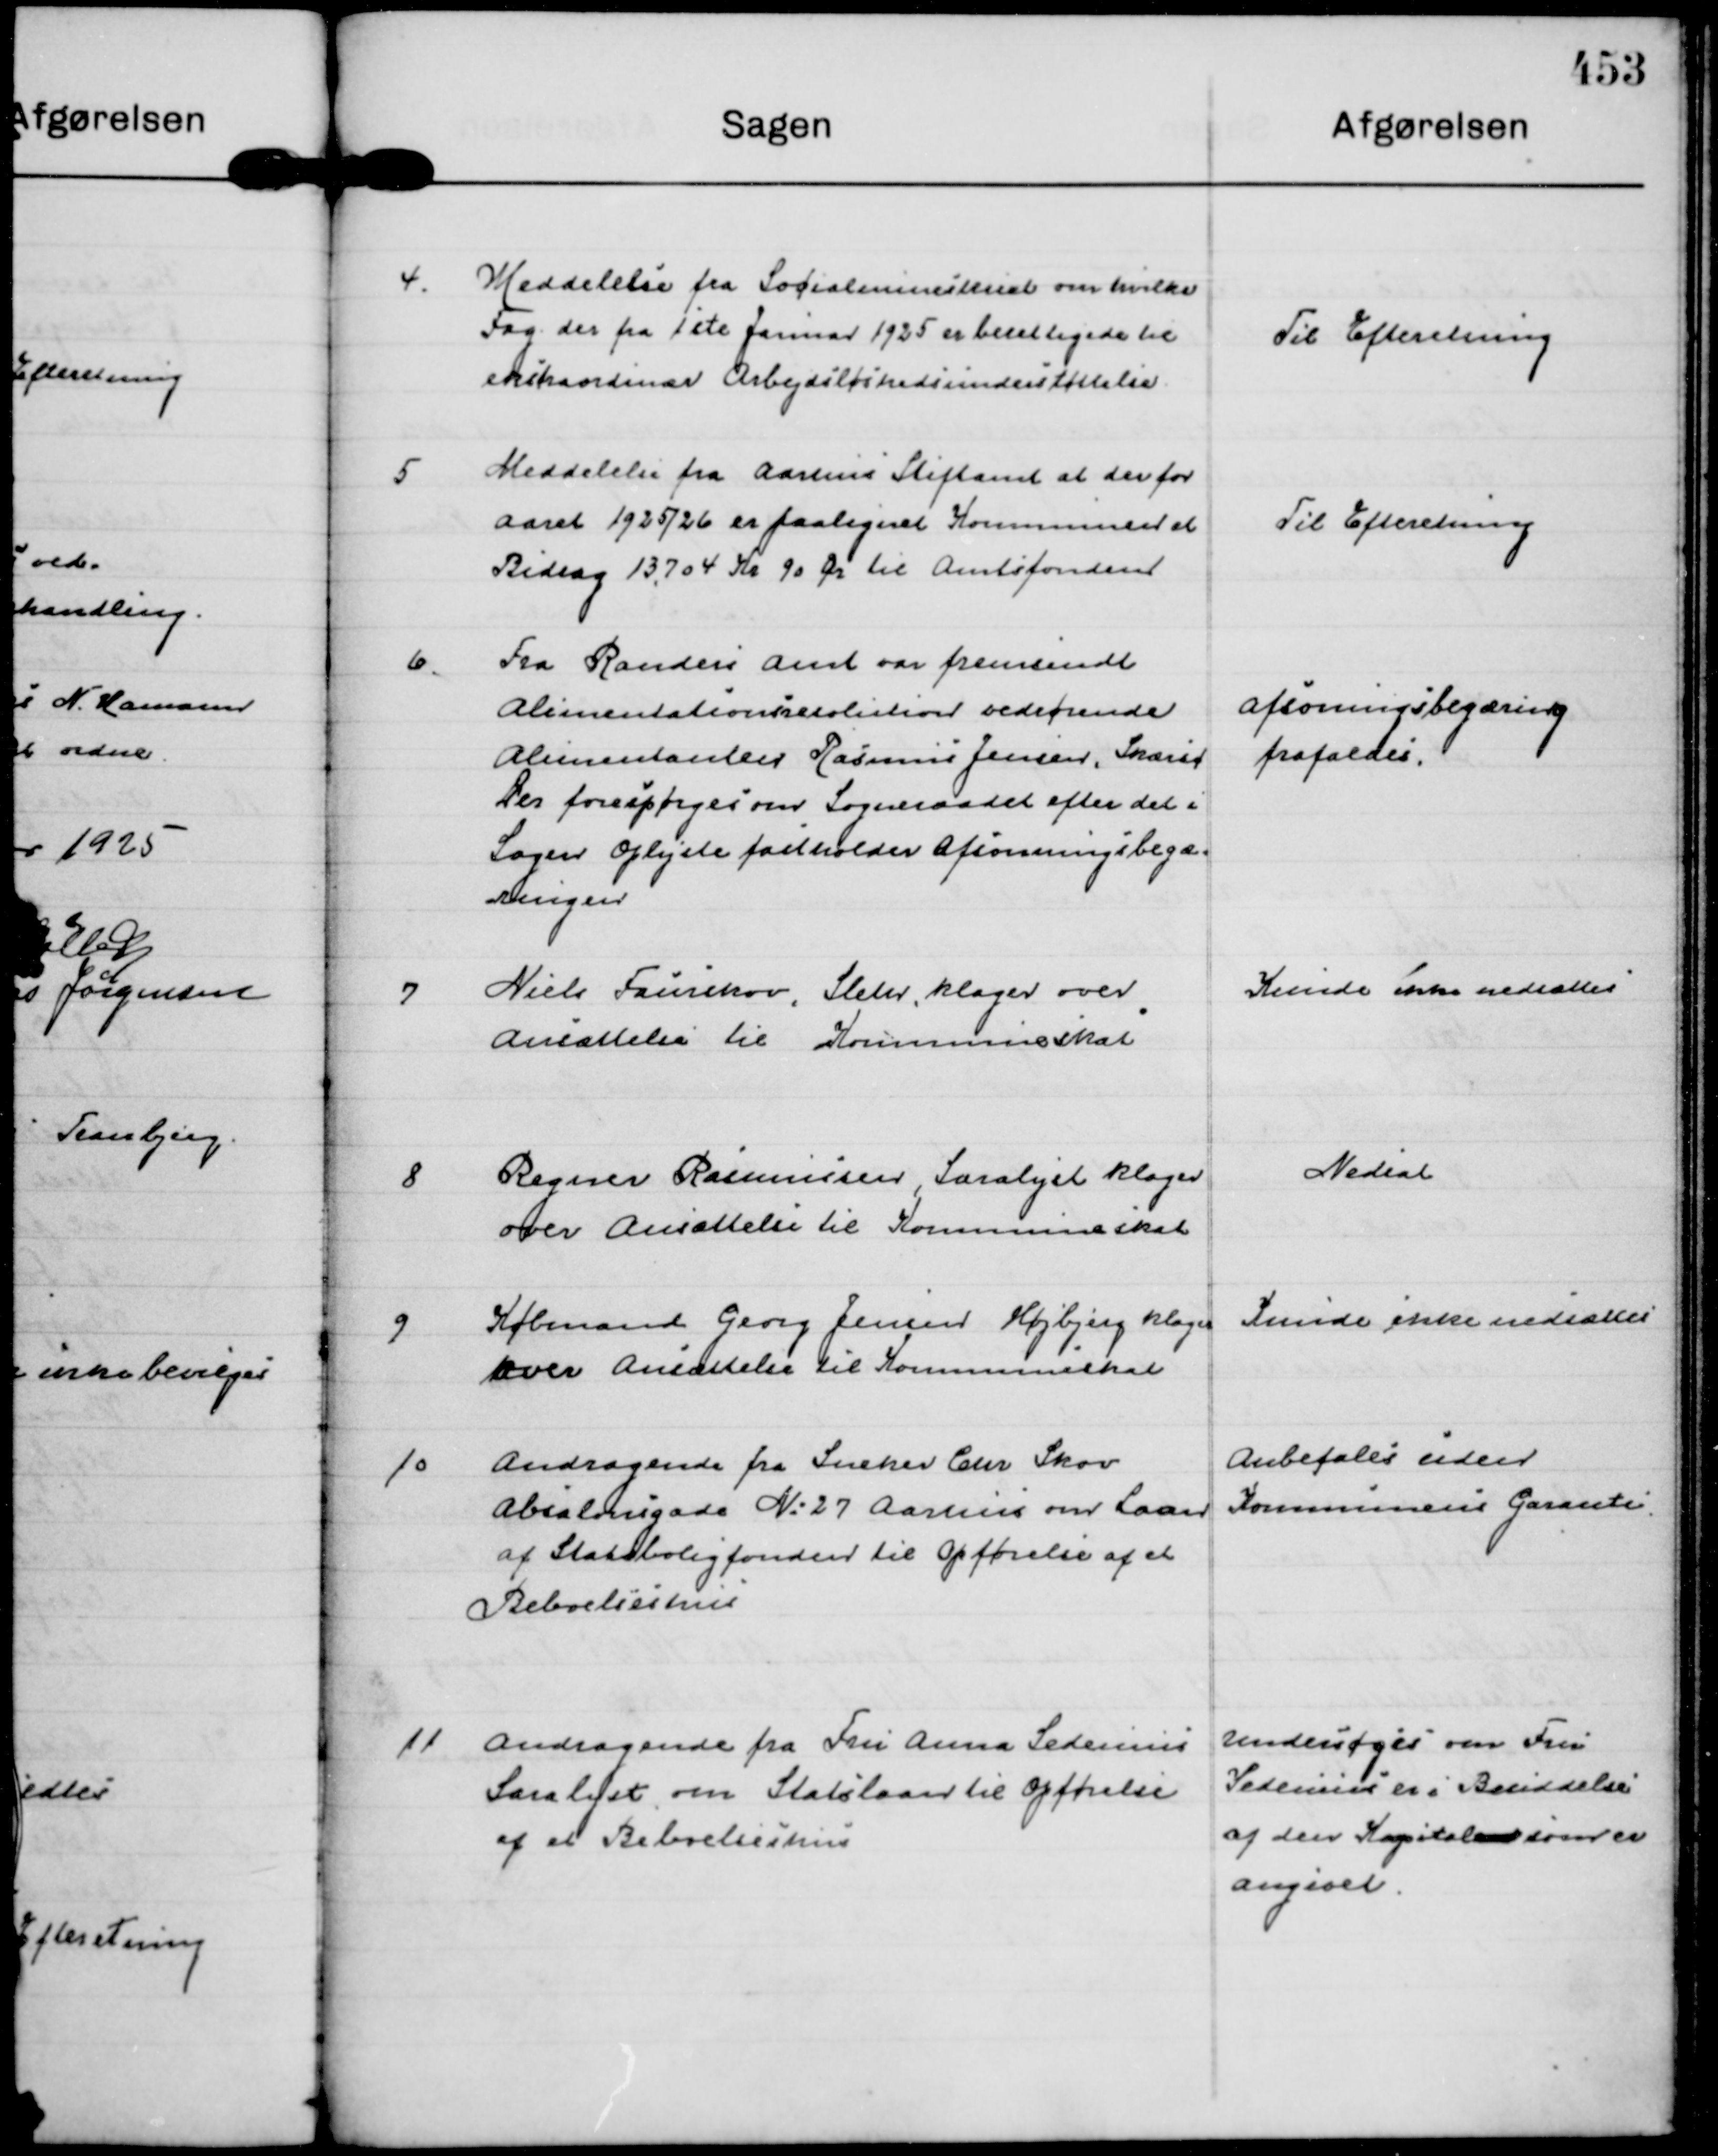
Transskription:
4.
Meddelelse fra Socialministeriet om hvilke
Fag der fra 1 ste Januar 1925 er berettigede til
ekstraordinær Arbejdsløshedsunderstøttelse.

Til Efteretning

5
Meddelelse fra Aarhus Stiftamt at der for
Aaret 1925/26 er paalignet Kommunen et
Bidrag 13.704 Kr 90 Ør til Amtsfonden

Til Efteretning

6.
Fra Randers Amt var fremsendt
Alimentationsresolution vedrørende
Alimentanten Rasmus Jensen, Skærsø
Der forespørges om Sogneraadet efter det i
Sagen Oplyste fastholder Afsonningsbegæ=
ringen

Afsoningsbegæring
frafaldes.

7
Niels Faurskov, Sleth, klager over
ansættelse til Kommuneskat

Kunde ikke nedsættes

8
Regner Rasmussen, Saralyst klager
over Ansættelse til Kommuneskat

Nedsat

9
Købmand Georg Jensen Højbjerg klager
over Ansættelse til Kommuneskat

Kunde ikke nedsættes

10
Andragende fra Snedker Chr Skov
Absalonsgade N: 27 Aarhus om Laan
af Statsboligfonden til Opførelse af et
Beboelseshus

Anbefales uden
Kommunens Garanti.

11
Andragende fra Fru Anna Sedenius
Saralyst om Statslaan til Opførelse
af et Beboelseshus

Undersøges om Fru
Sedenius er i Besiddelse
af den Kapital  som er
angivet.